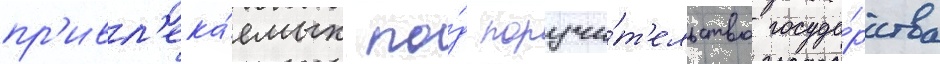
пр'ивл'ека́емых по́д поручи́т'ельство госуда́рства